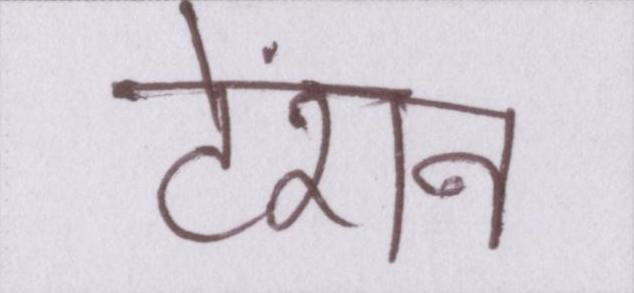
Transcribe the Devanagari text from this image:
टेंशन